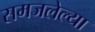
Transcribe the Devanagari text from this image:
समजलेल्या